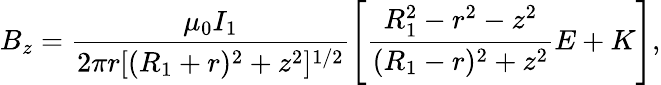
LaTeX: B_{z}=\frac{\mu_{0}I_{1}}{2\pi r[(R_{1}+r)^{2}+z^{2}]^{1/2}}\left[\frac{R_{1}^{2}-r^{2}-z^{2}}{(R_{1}-r)^{2}+z^{2}}E+K\right],